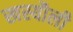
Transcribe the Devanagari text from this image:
खस्यौली